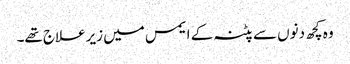
وہ کچھ دنوں سے پٹنہ کے ایمس میں زیرعلاج تھے۔